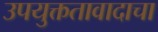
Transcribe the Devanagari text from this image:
उपयुक्ततावादाचा